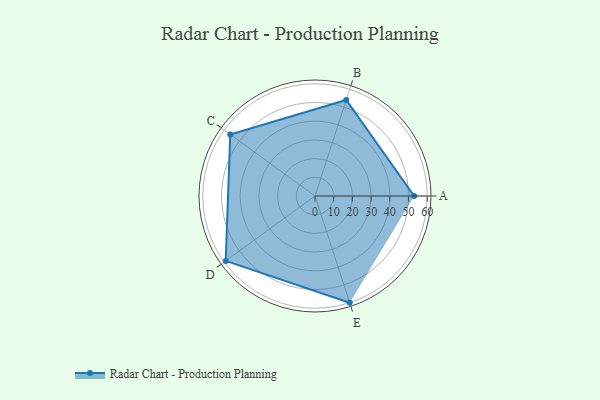
{"axis": {"x": "Skill", "y": "Score"}, "legend": ["Profile"], "data": [{"x": "A", "y": 53.0, "type": "Profile"}, {"x": "B", "y": 54.0, "type": "Profile"}, {"x": "C", "y": 56.0, "type": "Profile"}, {"x": "D", "y": 59.0, "type": "Profile"}, {"x": "E", "y": 60.0, "type": "Profile"}]}